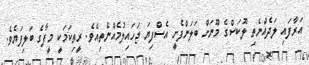
އަރާފައި ލަދެއްނެތި ލޫކަސްގެ މޫނަށް ބަލަންފެށީ އެސްފިޔަ ޖަހައިލުމެއްނެތިއެވެ. ރީތިކަމަކީ މީފާގެ ބަލިފަޔެވެ.